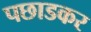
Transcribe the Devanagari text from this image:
पछाडकर